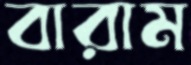
বারাম